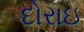
દોરાઇ